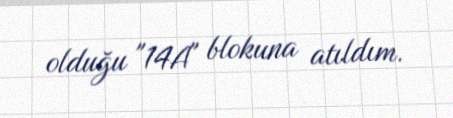
olduğu "14A" blokuna atıldım.